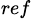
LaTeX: _{ref}